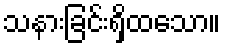
သနားခြင်းရှိထသော။